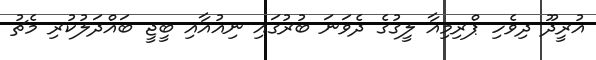
އުރީދޫ ދިވެހި ޕްރިމިއާ ލީގުގެ ދެވަނަ ބުރުގައި ނިއުއާއި ބީޖީ ބައްދަލުކުރި މެޗު